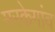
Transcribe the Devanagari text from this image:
मरकेगांव